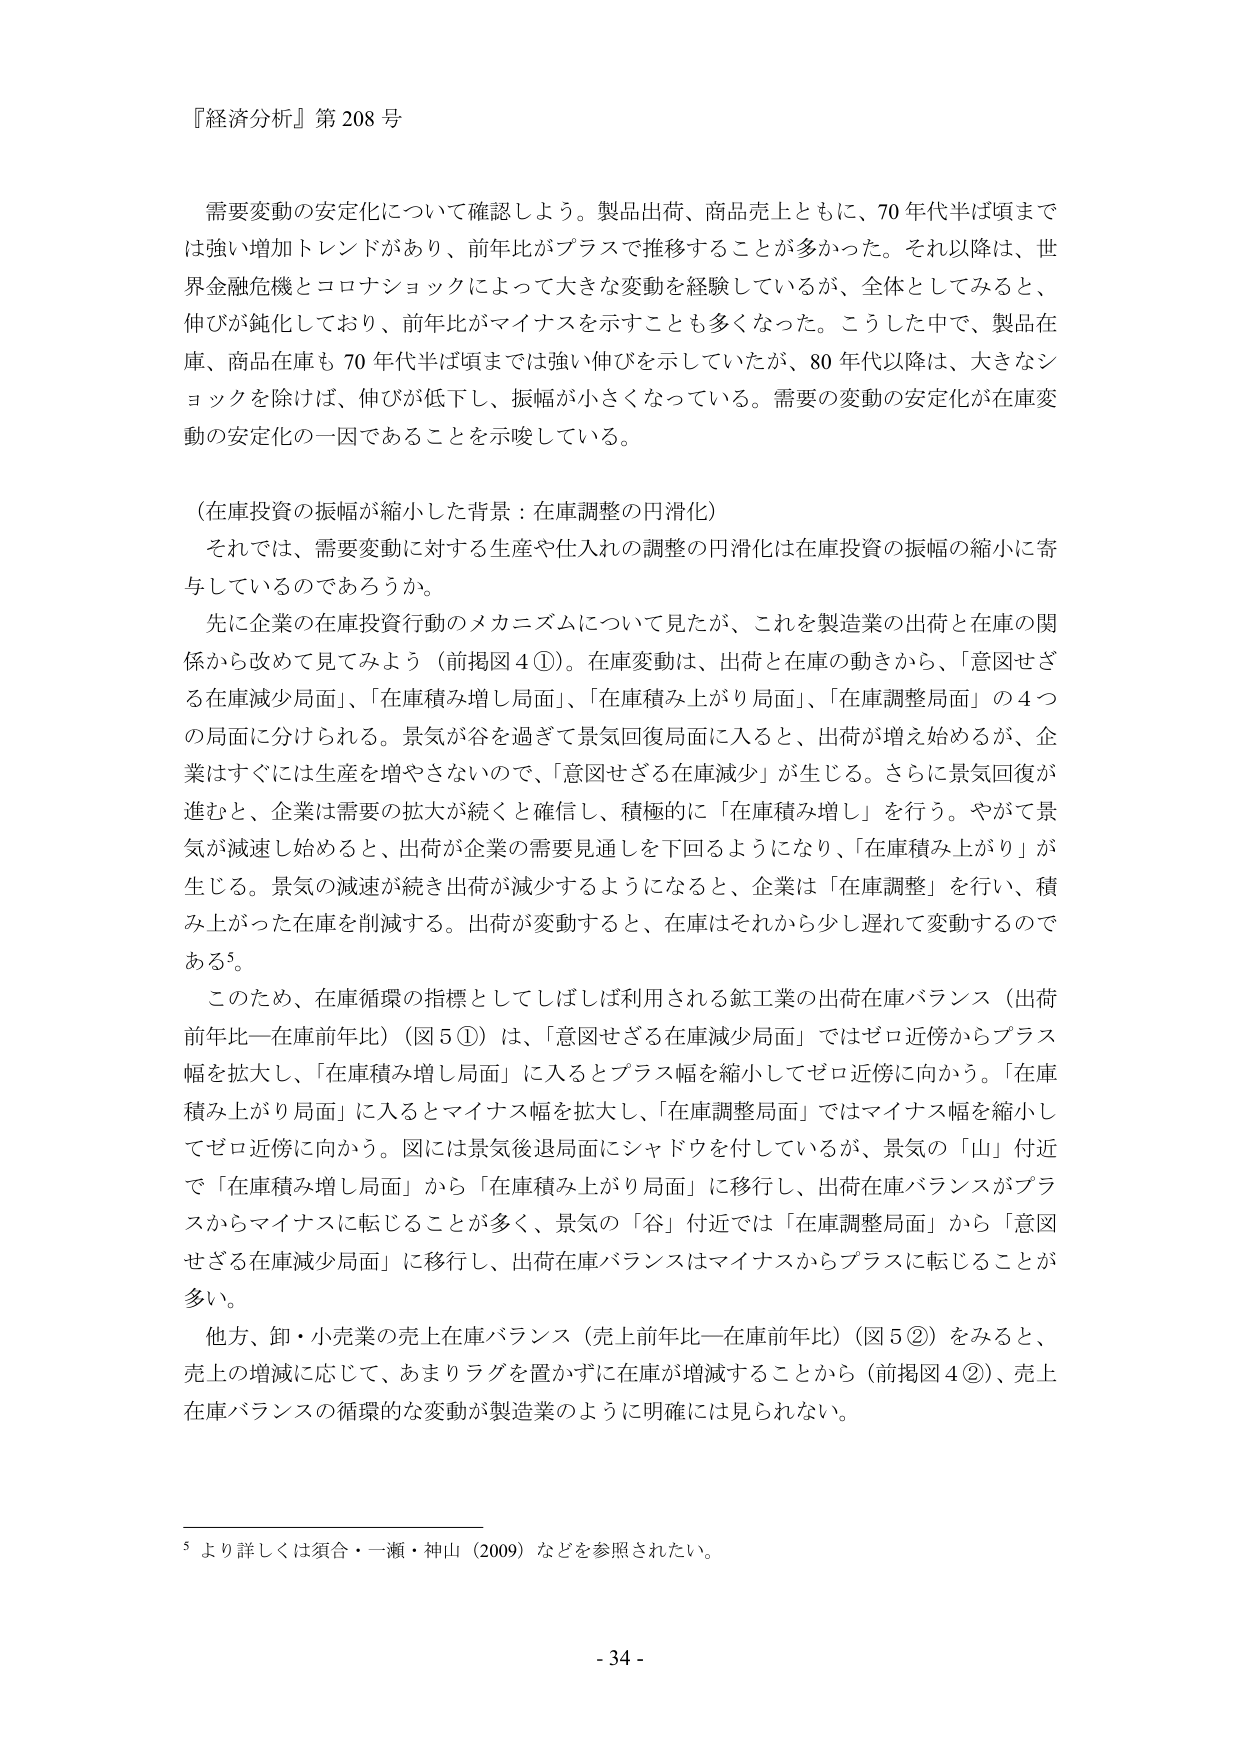
『経済分析』第208号

需要変動の安定化について確認しよう。製品出荷、商品売上ともに、70年代半ば頃までは強い増加トレンドがあり、前年比がプラスで推移することが多かった。それ以降は、世界金融危機とコロナショックによって大きな変動を経験しているが、全体としてみると、伸びが鈍化しており、前年比がマイナスを示すことも多くなった。こうした中で、製品在庫、商品在庫も70年代半ば頃までは強い伸びを示していたが、80年代以降は、大きなショックを除けば、伸びが低下し、振幅が小さくなっている。需要の変動の安定化が在庫変動の安定化の一因であることを示唆している。

（在庫投資の振幅が縮小した背景：在庫調整の円滑化）
それでは、需要変動に対する生産や仕入れの調整の円滑化は在庫投資の振幅の縮小に寄与しているのであろうか。
先に企業の在庫投資行動のメカニズムについて見たが、これを製造業の出荷と在庫の関係から改めて見てみよう（前掲図4①）。在庫変動は、出荷と在庫の動きから、「意図せざる在庫減少局面」、「在庫積み増し局面」、「在庫積み上がり局面」、「在庫調整局面」の4つの局面に分けられる。景気が谷を過ぎて景気回復局面に入ると、出荷が増え始めるが、企業はすぐには生産を増やさないので、「意図せざる在庫減少」が生じる。さらに景気回復が進むと、企業は需要の拡大が続くと確信し、積極的に「在庫積み増し」を行う。やがて景気が減速し始めると、出荷が企業の需要見通しを下回るようになり、「在庫積み上がり」が生じる。景気の減速が続き出荷が減少するようになると、企業は「在庫調整」を行い、積み上がった在庫を削減する。出荷が変動すると、在庫はそれから少し遅れて変動するのである⁵。

このため、在庫循環の指標としてしばしば利用される鉱工業の出荷在庫バランス（出荷前年比―在庫前年比）（図5①）は、「意図せざる在庫減少局面」ではゼロ近傍からプラス幅を拡大し、「在庫積み増し局面」に入るとプラス幅を縮小してゼロ近傍に向かう。「在庫積み上がり局面」に入るとマイナス幅を拡大し、「在庫調整局面」ではマイナス幅を縮小してゼロ近傍に向かう。図には景気後退局面にシャドウを付しているが、景気の「山」付近で「在庫積み増し局面」から「在庫積み上がり局面」に移行し、出荷在庫バランスがプラスからマイナスに転じることが多く、景気の「谷」付近では「在庫調整局面」から「意図せざる在庫減少局面」に移行し、出荷在庫バランスはマイナスからプラスに転じることが多い。

他方、卸・小売業の売上在庫バランス（売上前年比―在庫前年比）（図5②）をみると、売上の増減に応じて、あまりラグを置かずに在庫が増減することから（前掲図4②）、売上在庫バランスの循環的な変動が製造業のように明確には見られない。

⁵ より詳しくは須合・一瀬・神山（2009）などを参照されたい。

- 34 -